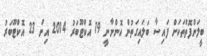
ބީލަންފޮތްތަކަށް ފައިސާ ބަލައިގަތުން އޮންނާނީ 19 އޮކްޓޫބަރު 2014 އިން 23 އޮކްޓޫބަރު